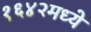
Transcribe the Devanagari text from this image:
१६४२मध्ये